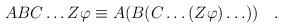
LaTeX: \begin{align*}ABC\ldots Z\varphi \equiv A(B(C\ldots (Z\varphi )\ldots ))\quad .\end{align*}